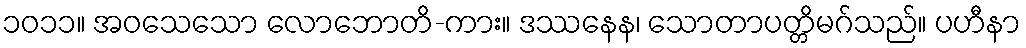
၁၀၁၁။ အဝသေသော လောဘောတိ-ကား။ ဒဿနေန၊ သောတာပတ္တိမဂ်သည်။ ပဟီနာ